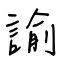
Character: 諭